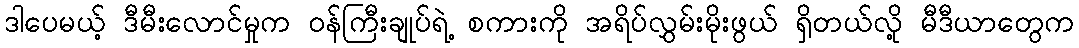
ဒါပေမယ့် ဒီမီးလောင်မှုက ဝန်ကြီးချုပ်ရဲ့ စကားကို အရိပ်လွှမ်းမိုးဖွယ် ရှိတယ်လို့ မီဒီယာတွေက